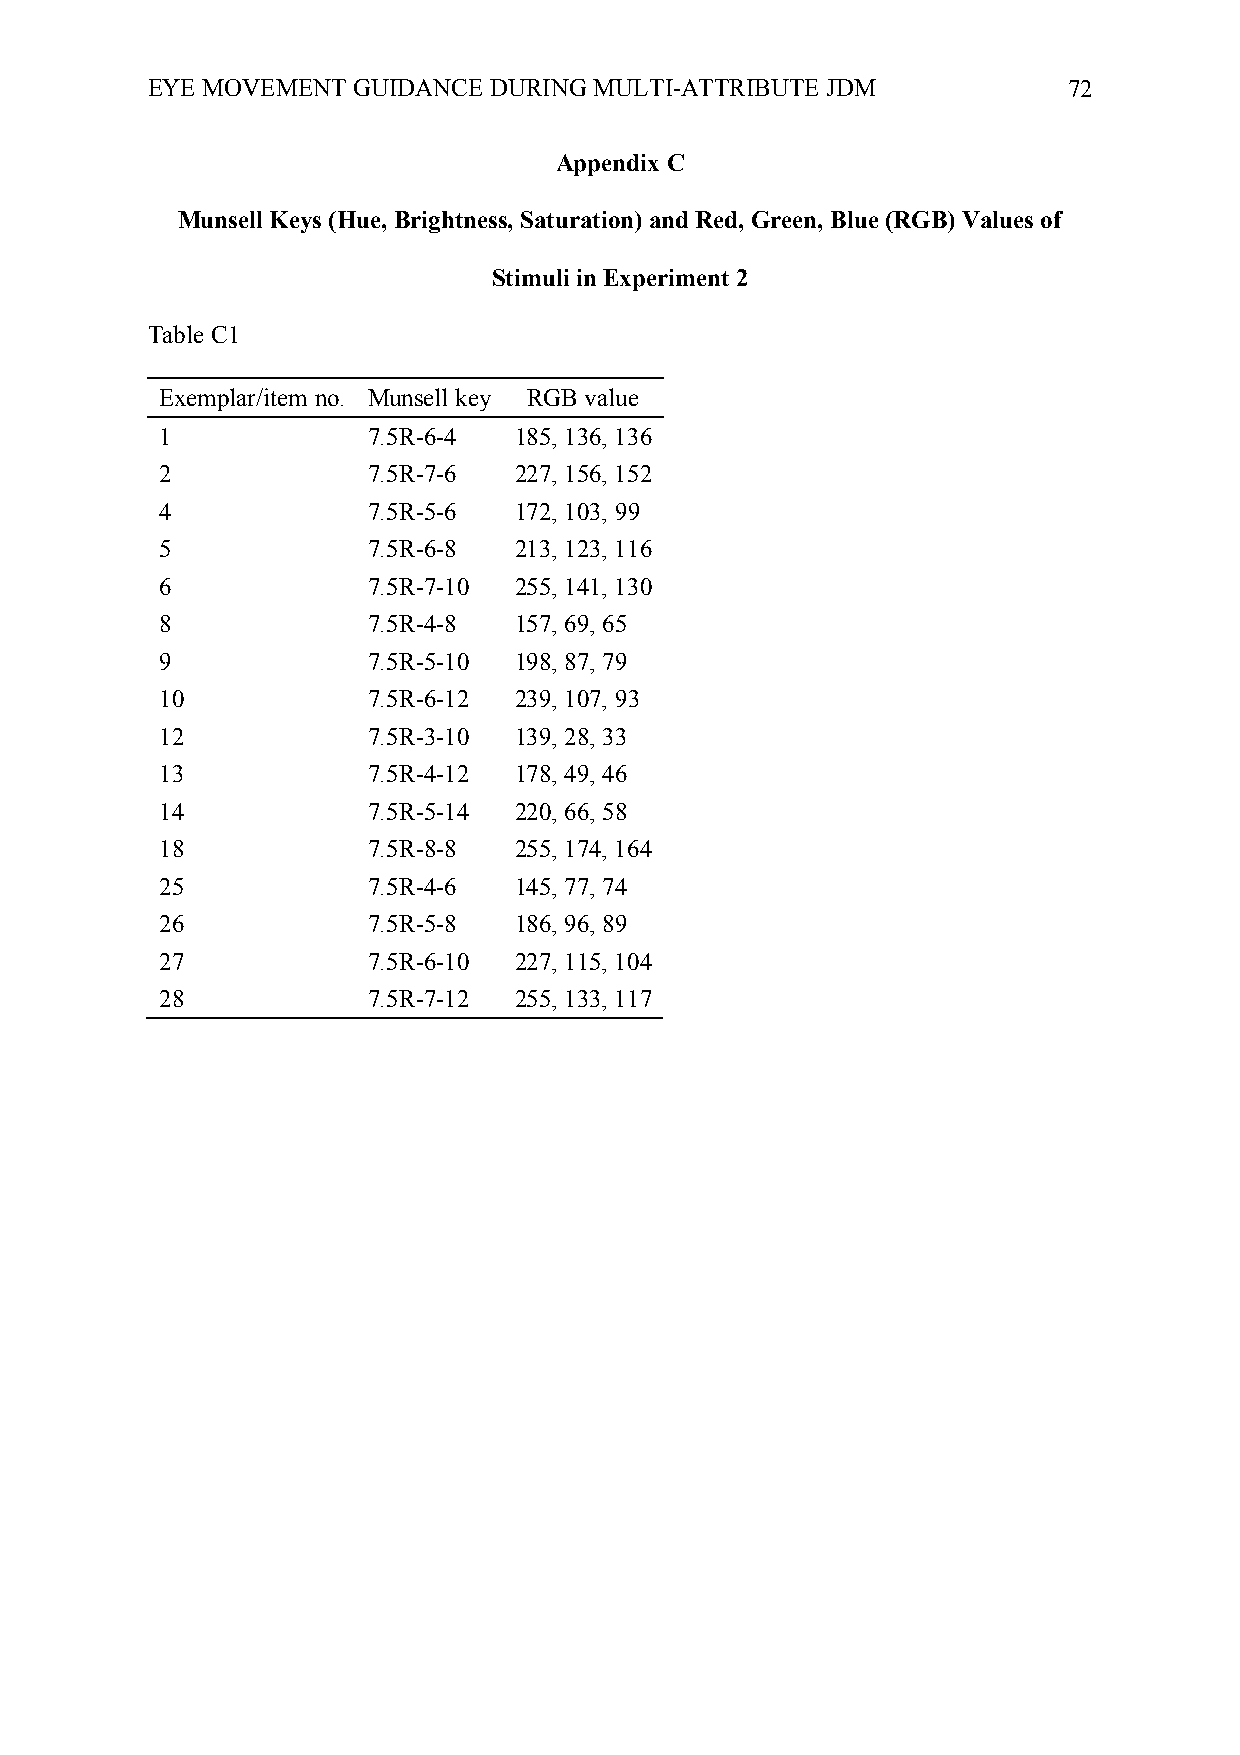
EYE MOVEMENT GUIDANCE DURING MULTI-ATTRIBUTE JDM             72
 Appendix C
 Munsell Keys (Hue, Brightness, Saturation) and Red, Green, Blue (RGB) Values of
 Stimuli in Experiment 2
 Table C1
 Exemplar/item no. Munsell key RGB value
 1            7.5R-6-4  185, 136, 136
 2            7.5R-7-6  227, 156, 152
 4            7.5R-5-6  172, 103, 99
 5            7.5R-6-8  213, 123, 116
 6            7.5R-7-10 255, 141, 130
 8            7.5R-4-8  157, 69, 65
 9            7.5R-5-10 198, 87, 79
 10           7.5R-6-12 239, 107, 93
 12           7.5R-3-10 139, 28, 33
 13           7.5R-4-12 178, 49, 46
 14           7.5R-5-14 220, 66, 58
 18           7.5R-8-8  255, 174, 164
 25           7.5R-4-6  145, 77, 74
 26           7.5R-5-8  186, 96, 89
 27           7.5R-6-10 227, 115, 104
 28           7.5R-7-12 255, 133, 117